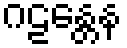
ဂဠန္တေန